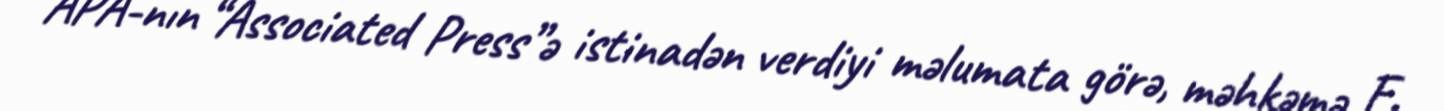
APA-nın “Associated Press”ə istinadən verdiyi məlumata görə, məhkəmə F.